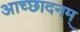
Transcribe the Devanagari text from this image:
आच्छादनम्‌